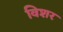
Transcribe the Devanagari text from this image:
विशर